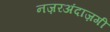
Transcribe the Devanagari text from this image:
नज़रअंदाज़गी